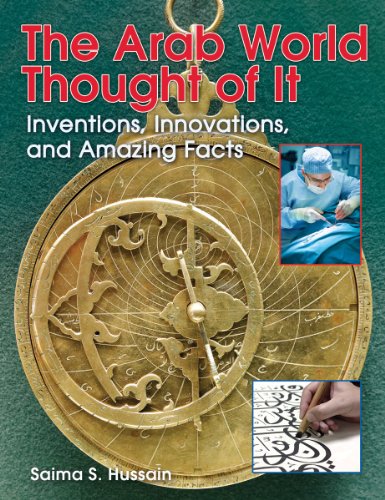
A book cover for The Arab World Thought of It: Inventions, Innovations, and Amazing Facts (We Thought Of It); Saima Hussain; Children's Books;